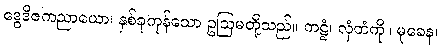
ဒွေဒိဇကညာယော၊ နှစ်ခုကုန်သော ဥဩမတို့သည်။ ကဋ္ဌံ၊ လှံတံကို။ မုခေန၊